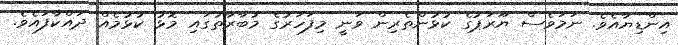
އިންޑިޔާއެވެ. ނަމަވެސް ޔޫރަޕުގެ ކުޅުންތެރިން ވަނީ މިފަހަރުގެ މުބާރާތުގައި މޮޅު ކުޅުމެއް ދައްކާފައެވެ.